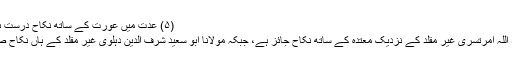
(۵) عدت میں عورت کے ساتھ نکاح درست ہے یا نہیں
مولانا ثناء اللہ امرتسری غیر مقلد کے نزدیک معتدہ کے ساتھ نکاح جائز ہے، جبکہ مولانا ابو سعید شرف الدین دہلوی غیر مقلد کے ہاں نکاح صحیح نہیں۔